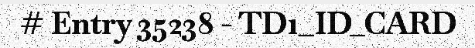
# Entry 35238 - TD1_ID_CARD